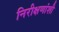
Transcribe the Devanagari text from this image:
निरीक्षणांशी